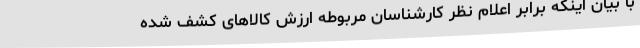
با بیان اینکه برابر اعلام نظر کارشناسان مربوطه ارزش کالاهای کشف شده